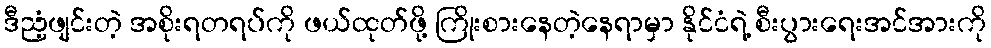
ဒီညံ့ဖျင်းတဲ့ အစိုးရတရပ်ကို ဖယ်ထုတ်ဖို့ ကြိုးစားနေတဲ့နေရာမှာ နိုင်ငံရဲ့ စီးပွားရေးအင်အားကို